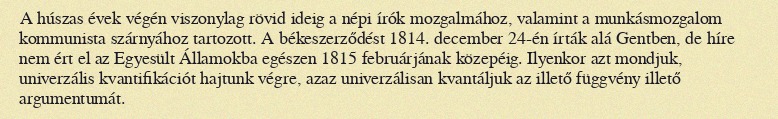
A húszas évek végén viszonylag rövid ideig a népi írók mozgalmához, valamint a munkásmozgalom kommunista szárnyához tartozott. A békeszerződést 1814. december 24-én írták alá Gentben, de híre nem ért el az Egyesült Államokba egészen 1815 februárjának közepéig. Ilyenkor azt mondjuk, univerzális kvantifikációt hajtunk végre, azaz univerzálisan kvantáljuk az illető függvény illető argumentumát.